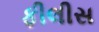
ફીલીસ